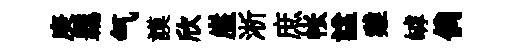
庚覊气謨欣崖淅庶帐諡雞罅倘